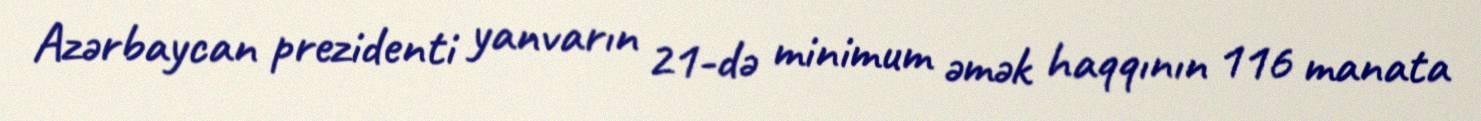
Azərbaycan prezidenti yanvarın 21-də minimum əmək haqqının 116 manata